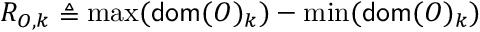
R _ { O , k } \triangleq \operatorname* { m a x } ( \mathsf { d o m } ( O ) _ { k } ) - \operatorname* { m i n } ( \mathsf { d o m } ( O ) _ { k } )